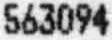
563094